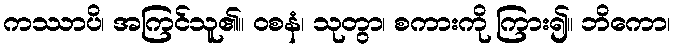
ကဿာပိ၊ အကြင်သူ၏။ ဝစနံ၊ သုတွာ၊ စကားကို ကြား၍။ ဘိကော၊